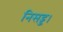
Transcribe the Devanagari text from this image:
निसड्ड।